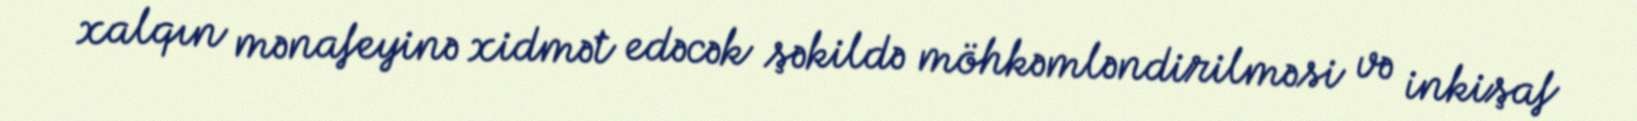
xalqın mənafeyinə xidmət edəcək şəkildə möhkəmləndirilməsi və inkişaf